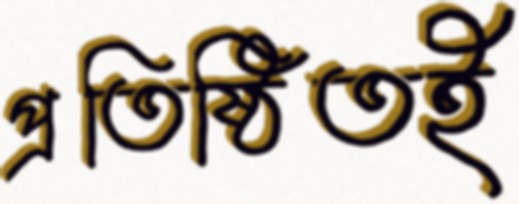
প্রতিষ্ঠিতই